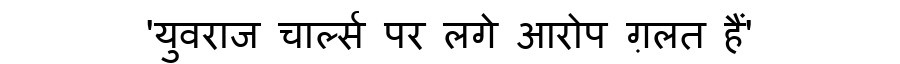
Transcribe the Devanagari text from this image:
'युवराज चार्ल्स पर लगे आरोप ग़लत हैं'